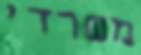
משרדי